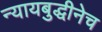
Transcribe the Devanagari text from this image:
न्यायबुद्धीनेच